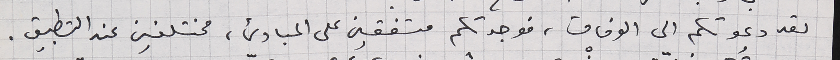
لقد دعوتكِم الى الوفاق، فوجدتكم متفقين على المبادئ، مختلفين عند التطبيق.